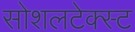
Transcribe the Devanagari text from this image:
सोशलटेक्स्ट